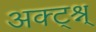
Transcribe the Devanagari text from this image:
अक्ट्श्न्